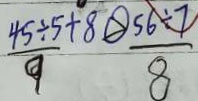
\frac { 4 5 \div 5 + 8 } { 9 } \textcircled { > } \frac { 5 6 \div 7 } { 8 }